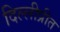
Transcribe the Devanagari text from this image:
दिल्लीप्रीत